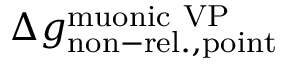
\Delta { g } _ { \mathrm { n o n - r e l . , p o i n t } } ^ { \mathrm { m u o n i c \ V P } }